Indian journal of veterinary science and animal husbandry - Volume 3,
Year: 1933
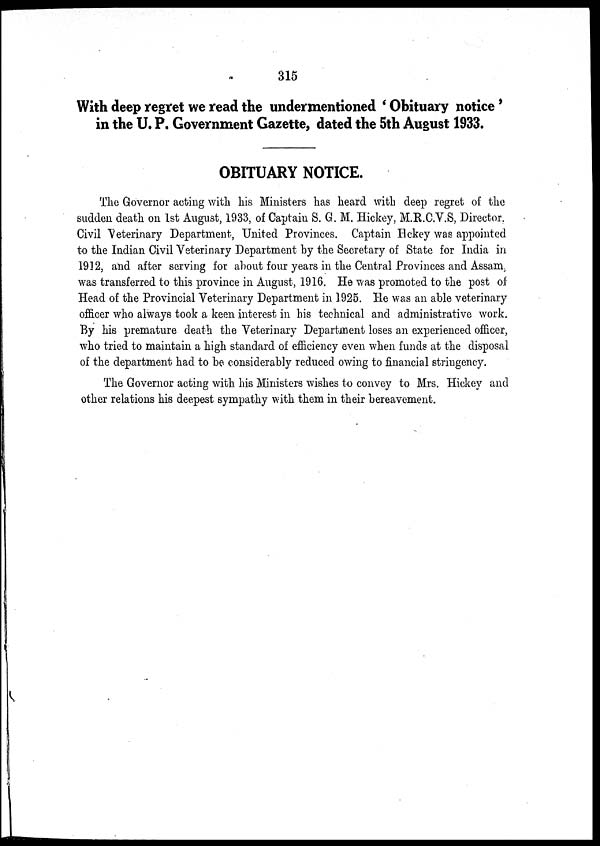
315
With deep regret we read the undermentioned ' Obituary notice '
in the U. P. Government Gazette, dated the 5th August 1933.
OBITUARY NOTICE.
The Governor acting with his Ministers has heard with deep regret of the
sudden death on 1st August, 1933, of Captain S. G. M. Hickey, M.R.C.V.S, Director.
Civil Veterinary Department, United Provinces. Captain Hckey was appointed
to the Indian Civil Veterinary Department by the Secretary of State for India in
1912, and after serving for about four years in the Central Provinces and Assam,
was transferred to this province in August, 1916. He was promoted to the post of
Head of the Provincial Veterinary Department in 1925. He was an able veterinary
officer who always took a keen interest in his technical and administrative work.
By his premature death the Veterinary Department loses an experienced officer,
who tried to maintain a high standard of efficiency even when funds at the disposal
of the department had to be considerably reduced owing to financial stringency.
The Governor acting with his Ministers wishes to convey to Mrs. Hickey and
other relations his deepest sympathy with them in their bereavement.